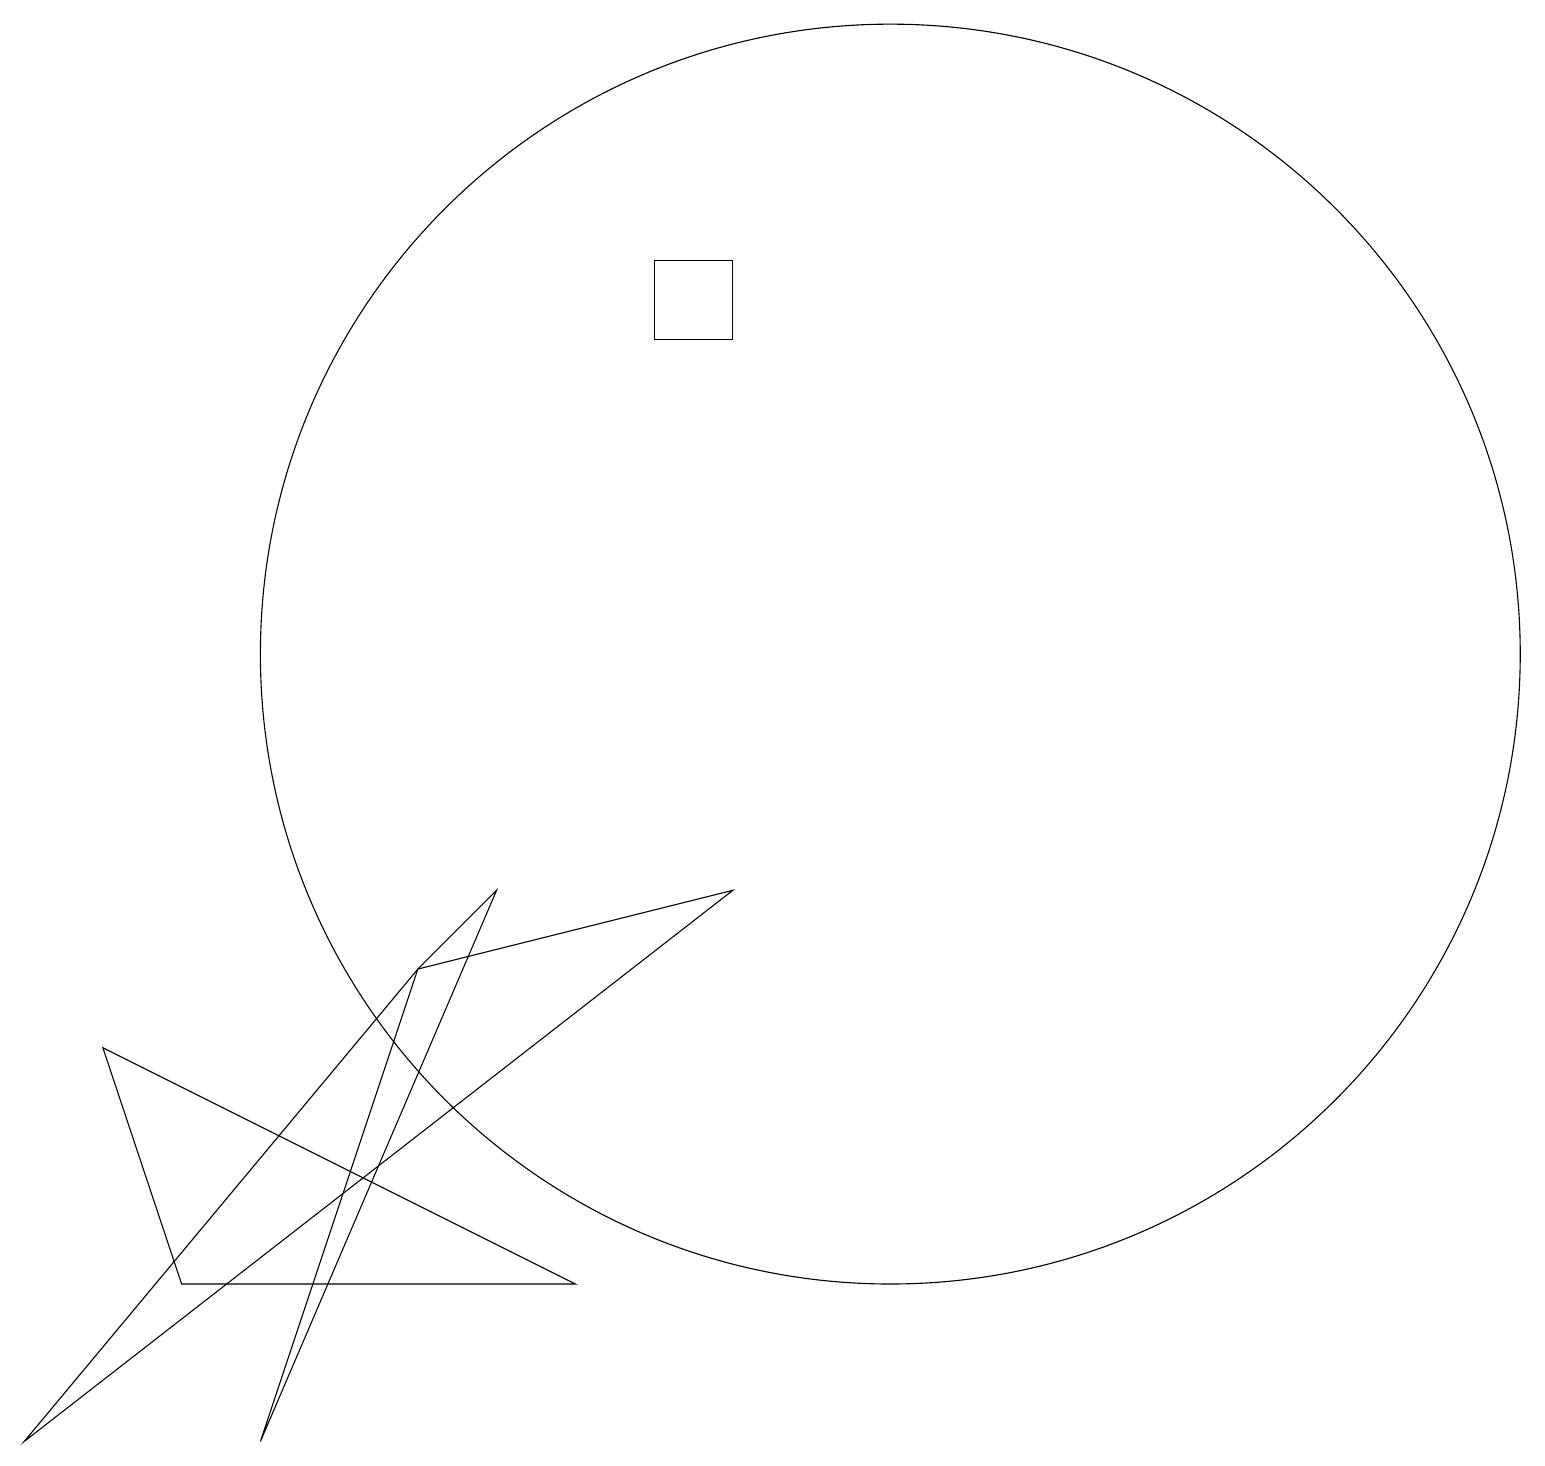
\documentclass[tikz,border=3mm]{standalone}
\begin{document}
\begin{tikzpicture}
\draw (6,9) -- (3,2) -- (5,8) -- cycle;
\draw (5,8) -- (9,9) -- (0,2) -- cycle;
\draw (11,12) circle (8);
\draw (8,17) rectangle (9,16);
\draw (7,4) -- (2,4) -- (1,7) -- cycle;
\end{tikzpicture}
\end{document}